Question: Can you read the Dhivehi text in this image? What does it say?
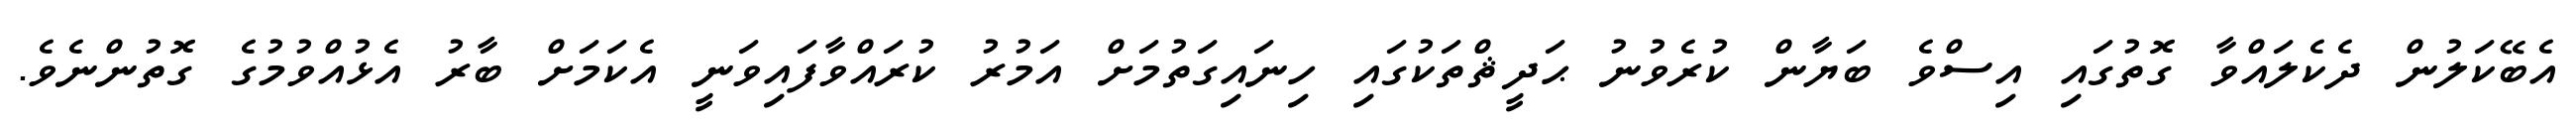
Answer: އެބޭކަލުން ދެކެލައްވާ ގޮތުގައި އިސްވެ ބަޔާން ކުރެވުނު ޙަދީޘްތަކުގައި ހިނައިގަތުމަށް އަމުރު ކުރައްވާފައިވަނީ އެކަމަށް ބާރު އެޅުއްވުމުގެ ގޮތުންނެވެ.